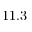
1 1 . 3